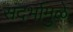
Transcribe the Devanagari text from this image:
संदर्भामुळे